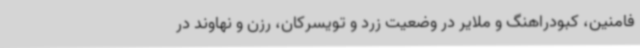
فامنین، کبودراهنگ و ملایر در وضعیت زرد و تویسرکان، رزن و نهاوند در